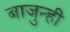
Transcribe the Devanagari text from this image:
बाजुन्ही